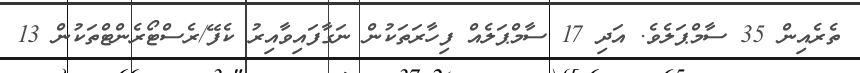
ތެރެއިން 35 ސާމްޕަލެވެ. އަދި 17 ސާމްޕަލެއް ފިހާރަތަކުން ނަގާފައިވާއިރު ކެފޭ/ރެސްޓޯރެންޓްތަކުން 13